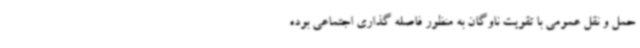
حمل و نقل عمومی با تقویت ناوگان به منظور فاصله گذاری اجتماعی بوده